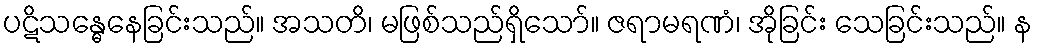
ပဋိသန္ဓေနေခြင်းသည်။ အသတိ၊ မဖြစ်သည်ရှိသော်။ ဇရာမရဏံ၊ အိုခြင်း သေခြင်းသည်။ န